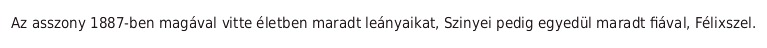
Az asszony 1887-ben magával vitte életben maradt leányaikat, Szinyei pedig egyedül maradt fiával, Félixszel.